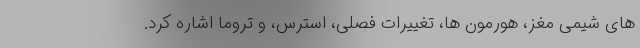
های شیمی مغز، هورمون ها، تغییرات فصلی، استرس، و تروما اشاره کرد.